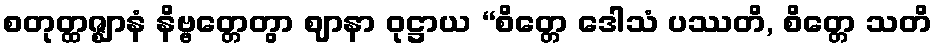
စတုတ္ထဇ္ဈာနံ နိဗ္ဗတ္တေတွာ ဈာနာ ဝုဋ္ဌာယ “စိတ္တေ ဒေါသံ ပဿတိ, စိတ္တေ သတိ